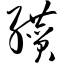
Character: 缵